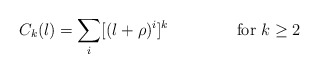
\begin{align*}C_{k}(l)=\sum_{i}[(l+\rho)^{i}]^{k} \makebox[2in]{for $k\geq 2$}\end{align*}